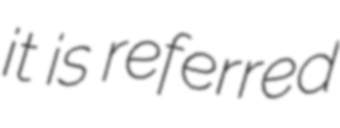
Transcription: it is referred